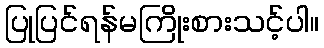
ပြုပြင်ရန်မကြိုးစားသင့်ပါ။